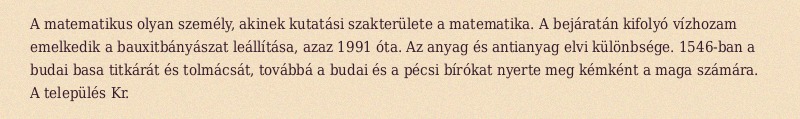
A matematikus olyan személy, akinek kutatási szakterülete a matematika. A bejáratán kifolyó vízhozam emelkedik a bauxitbányászat leállítása, azaz 1991 óta. Az anyag és antianyag elvi különbsége. 1546-ban a budai basa titkárát és tolmácsát, továbbá a budai és a pécsi bírókat nyerte meg kémként a maga számára. A település Kr.